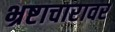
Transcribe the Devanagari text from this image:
भ्रष्टाचारावर